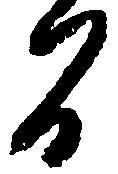
間